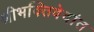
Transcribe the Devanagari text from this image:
श्रीभक्तिवेदांत